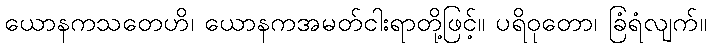
ယောနကသတေဟိ၊ ယောနကအမတ်ငါးရာတို့ဖြင့်။ ပရိဝုတော၊ ခြံရံလျက်။